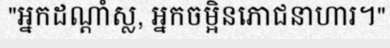
"អ្នកដណ្តាំស្ល, អ្នកចម្អិនភោជនាហារ។"